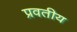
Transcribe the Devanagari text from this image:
प्रवतीय